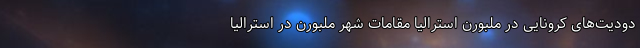
دودیت‌های کرونایی در ملبورن استرالیا مقامات شهر ملبورن در استرالیا